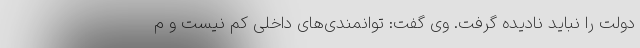
دولت را نباید نادیده گرفت. وی گفت: توانمندی‌های داخلی کم نیست و م